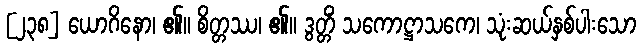
[၂၃၈] ယောဂိနော၊ ၏။ စိတ္တဿ၊ ၏။ ဒွတ္တိံ သကောဋ္ဌာသကေ၊ သုံးဆယ်နှစ်ပါးသော